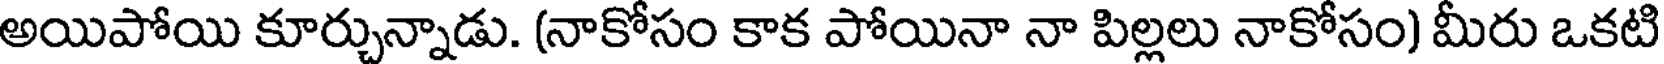
అయిపోయి కూర్చున్నాడు. (నాకోసం కాక పోయినా నా పిల్లలు నాకోసం) మీరు ఒకటి